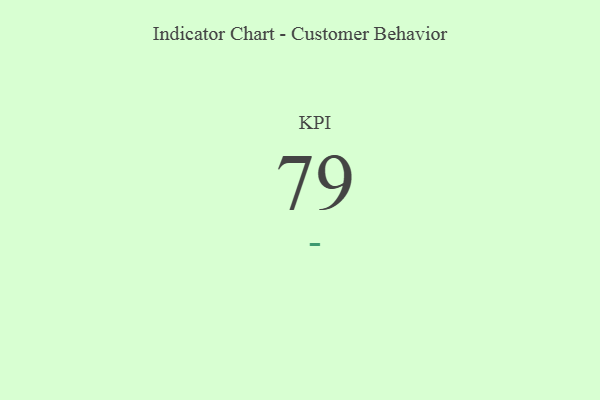
{"axis": {"x": "KPI", "y": "Value"}, "legend": [""], "data": [{"x": "KPI", "y": 79, "type": ""}]}